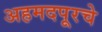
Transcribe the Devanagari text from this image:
अहमदपूरचे